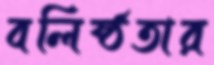
বলিষ্ঠতার